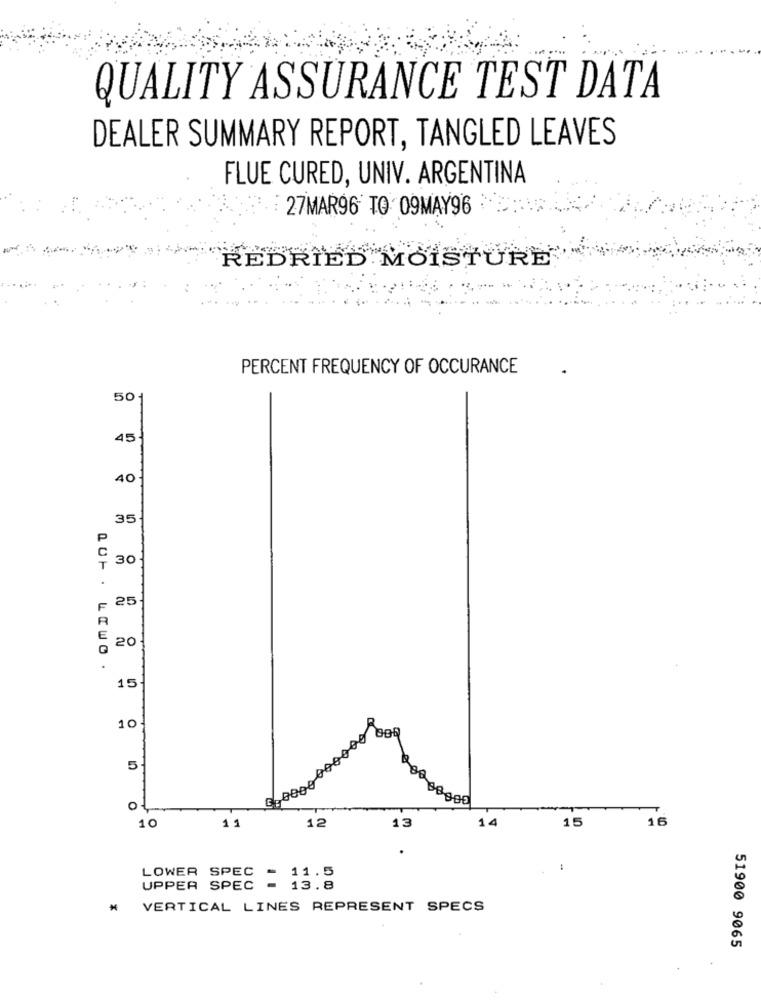
QUALITY ASSURANCE TEST DATA
DEALER SUMMARY REPORT, TANGLED LEAVES
FLUE CURED, UNIV. ARGENTINA
27MAR96 TO 09MAY96
REDRIEL
FED MOISTURE
PERCENT FREQUENCY OF OCCURANCE
50-
45
40
35
P
30
25
20
15
10
5
0
11
12
13
15
16
10
14
LOWER SPEC - 11.5
UPPER SPEC = 13.8
# VERTICAL LINES REPRESENT SPECS
51900 9065